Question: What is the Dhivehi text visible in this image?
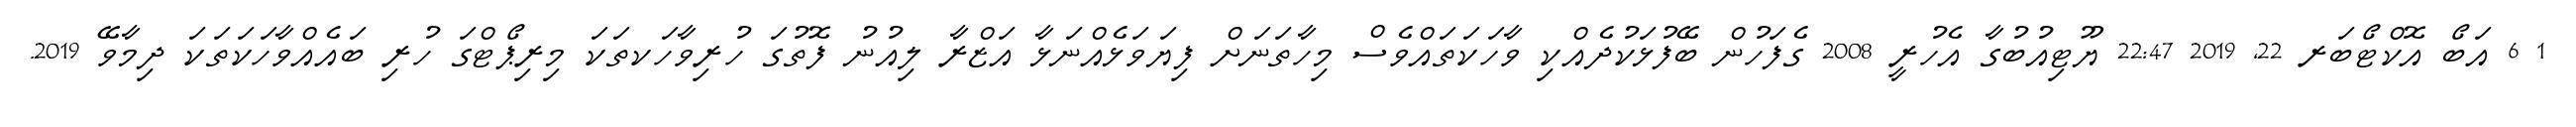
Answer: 1 6 އަބޯ އޮކްޓޯބަރ 22, 2019 22:47 ޔޫޓިއުބުގާ އެހުރީ 2008 ގެފަހުން ބޭފުޅަކުދެއްކި ވާހަކަތައްވެސް މިހާތަނަށް ފިޔަވަޅެއްނަޅާ އަޒްރާ ލިއުނު ފޮތުގަ ހުރިވާހަކތަކަ މިރިޕޯޓްގަ ހުރި ބައެއްވާހަކަތަކަ ދިމާވޭ 2019.